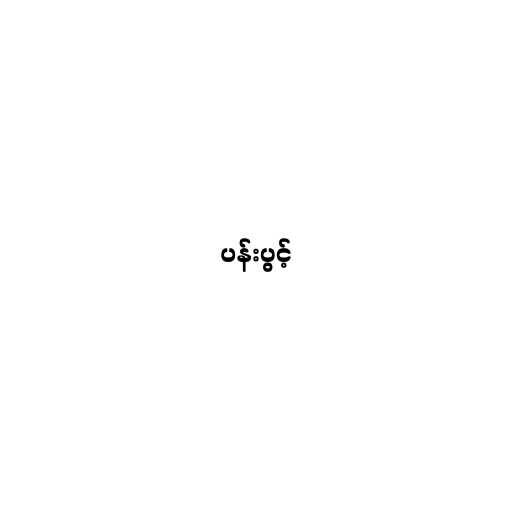
ပန်းပွင့်